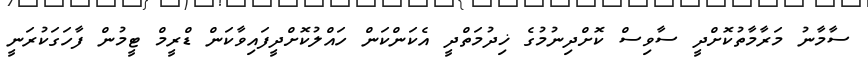
ސާމާނު މަރާމާތުކޮށްދީ ސާވިސް ކޮށްދިނުމުގެ ޚިދުމަތްދީ އެކަންކަން ހައްލުކޮށްދީފައިވާކަން ޑްރީމް ޓީމުން ފާހަގަކުރަނީ